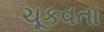
ચૂકવતા